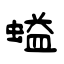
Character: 螠